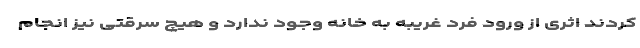
کردند اثری از ورود فرد غریبه به خانه وجود ندارد و هیچ سرقتی نیز انجام